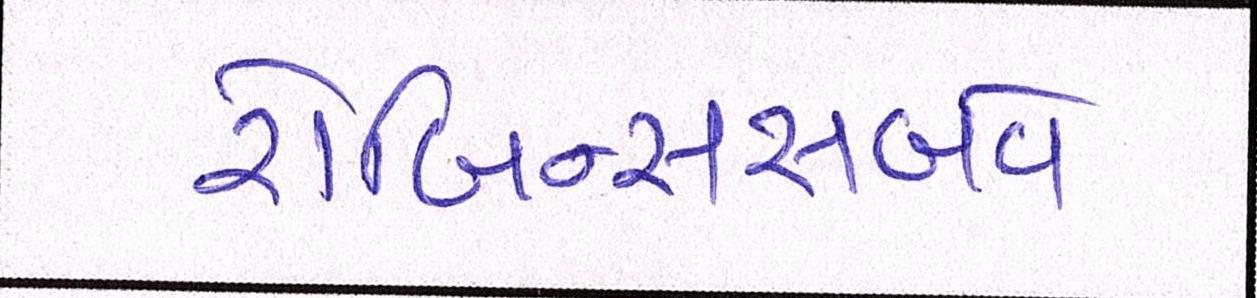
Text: રોબિન્સસબવે